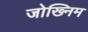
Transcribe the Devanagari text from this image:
जोख्निम